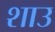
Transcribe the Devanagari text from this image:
शाउ